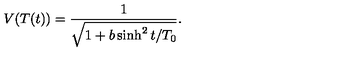
V ( T ( t ) ) = \frac { 1 } { \sqrt { 1 + b \sinh ^ { 2 } t / T _ { 0 } } } .